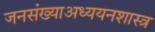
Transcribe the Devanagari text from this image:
जनसंख्याअध्ययनशास्त्र